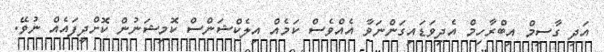
އަދި ގާސިމް އިބްރާހިމް އެދިވަޑައިގަންނަވާ އެއްވެސް ކަމެއް އިލެކްޝަންސް ކޮމިޝަނުން ކޮށްދީފައެއް ނުވޭ.